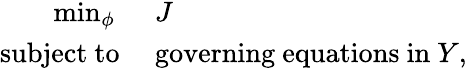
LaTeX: \begin{array}{rl}{\operatorname*{min}_{\phi}~}&{{}J}\\ {\mathrm{subject~to}~}&{{}\mathrm{governing~equations~in~}Y,}\end{array}